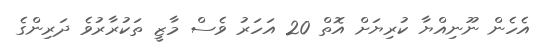
އެހެން ނޫނިއްޔާ ކުރިޔަށް އޮތް 20 އަހަރު ވެސް މާޒީ ތަކުރާރުވެ ދަރިންގެ